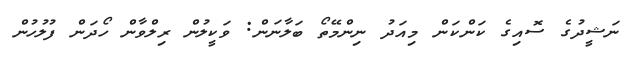
ނަޝީދުގެ ސޮއިގެ ކަންކަން މިއަދު ނިންމޭތޯ ބަލާނަން: ވަކީލުން ރިލްވާން ހޯދަން ފުލުހުން